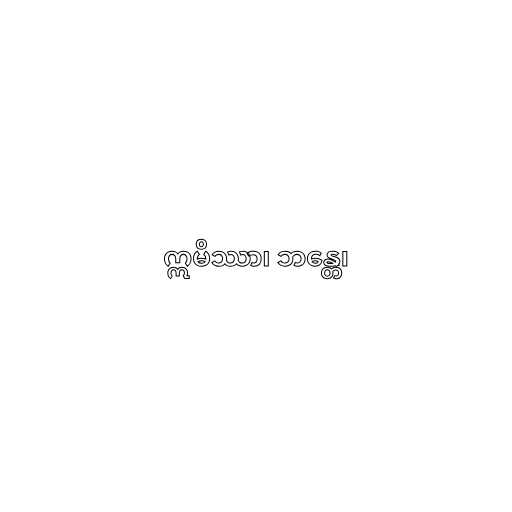
ဣမိဿာ၊ ဘန္တေ၊